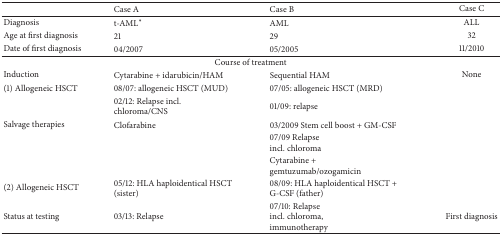
<table><thead><tr><td><b> </b></td><td><b>Case A</b></td><td><b>Case B</b></td><td><b>Case C</b></td></tr></thead><tbody><tr><td>Diagnosis</td><td>t-AML*</td><td>AML</td><td>ALL</td></tr><tr><td>Age at first diagnosis</td><td>21</td><td>29</td><td>32</td></tr><tr><td>Date of first diagnosis</td><td>04/2007</td><td>05/2005</td><td>11/2010</td></tr><tr><td colspan="4">Course of treatment </td></tr><tr><td>Induction </td><td>Cytarabine + idarubicin/HAM</td><td>Sequential HAM</td><td>None</td></tr><tr><td>(1) Allogeneic HSCT</td><td>08/07: allogeneic HSCT (MUD)</td><td>07/05: allogeneic HSCT (MRD)</td><td> </td></tr><tr><td> </td><td>02/12: Relapse incl. chloroma/CNS </td><td>01/09: relapse </td><td> </td></tr><tr><td>Salvage therapies </td><td>Clofarabine</td><td>03/2009 Stem cell boost + GM-CSF</td><td> </td></tr><tr><td> </td><td> </td><td>07/09 Relapse incl. chloroma</td><td> </td></tr><tr><td> </td><td> </td><td>Cytarabine + gemtuzumab/ozogamicin </td><td> </td></tr><tr><td>(2) Allogeneic HSCT</td><td>05/12: HLA haploidentical HSCT (sister)</td><td>08/09: HLA haploidentical HSCT + G-CSF (father)</td><td> </td></tr><tr><td>Status at testing</td><td>03/13: Relapse</td><td>07/10: Relapse incl. chloroma,immunotherapy</td><td>First diagnosis</td></tr></tbody></table>